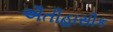
ઐતીહાસીક